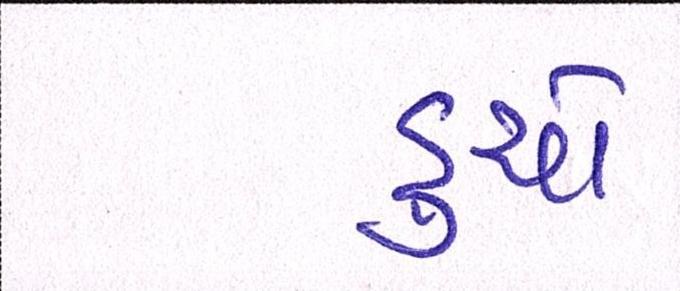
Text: ડુચો